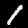
Digit: 1